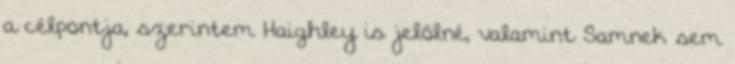
a célpontja, szerintem Haighley is jelölné, valamint Samnek sem